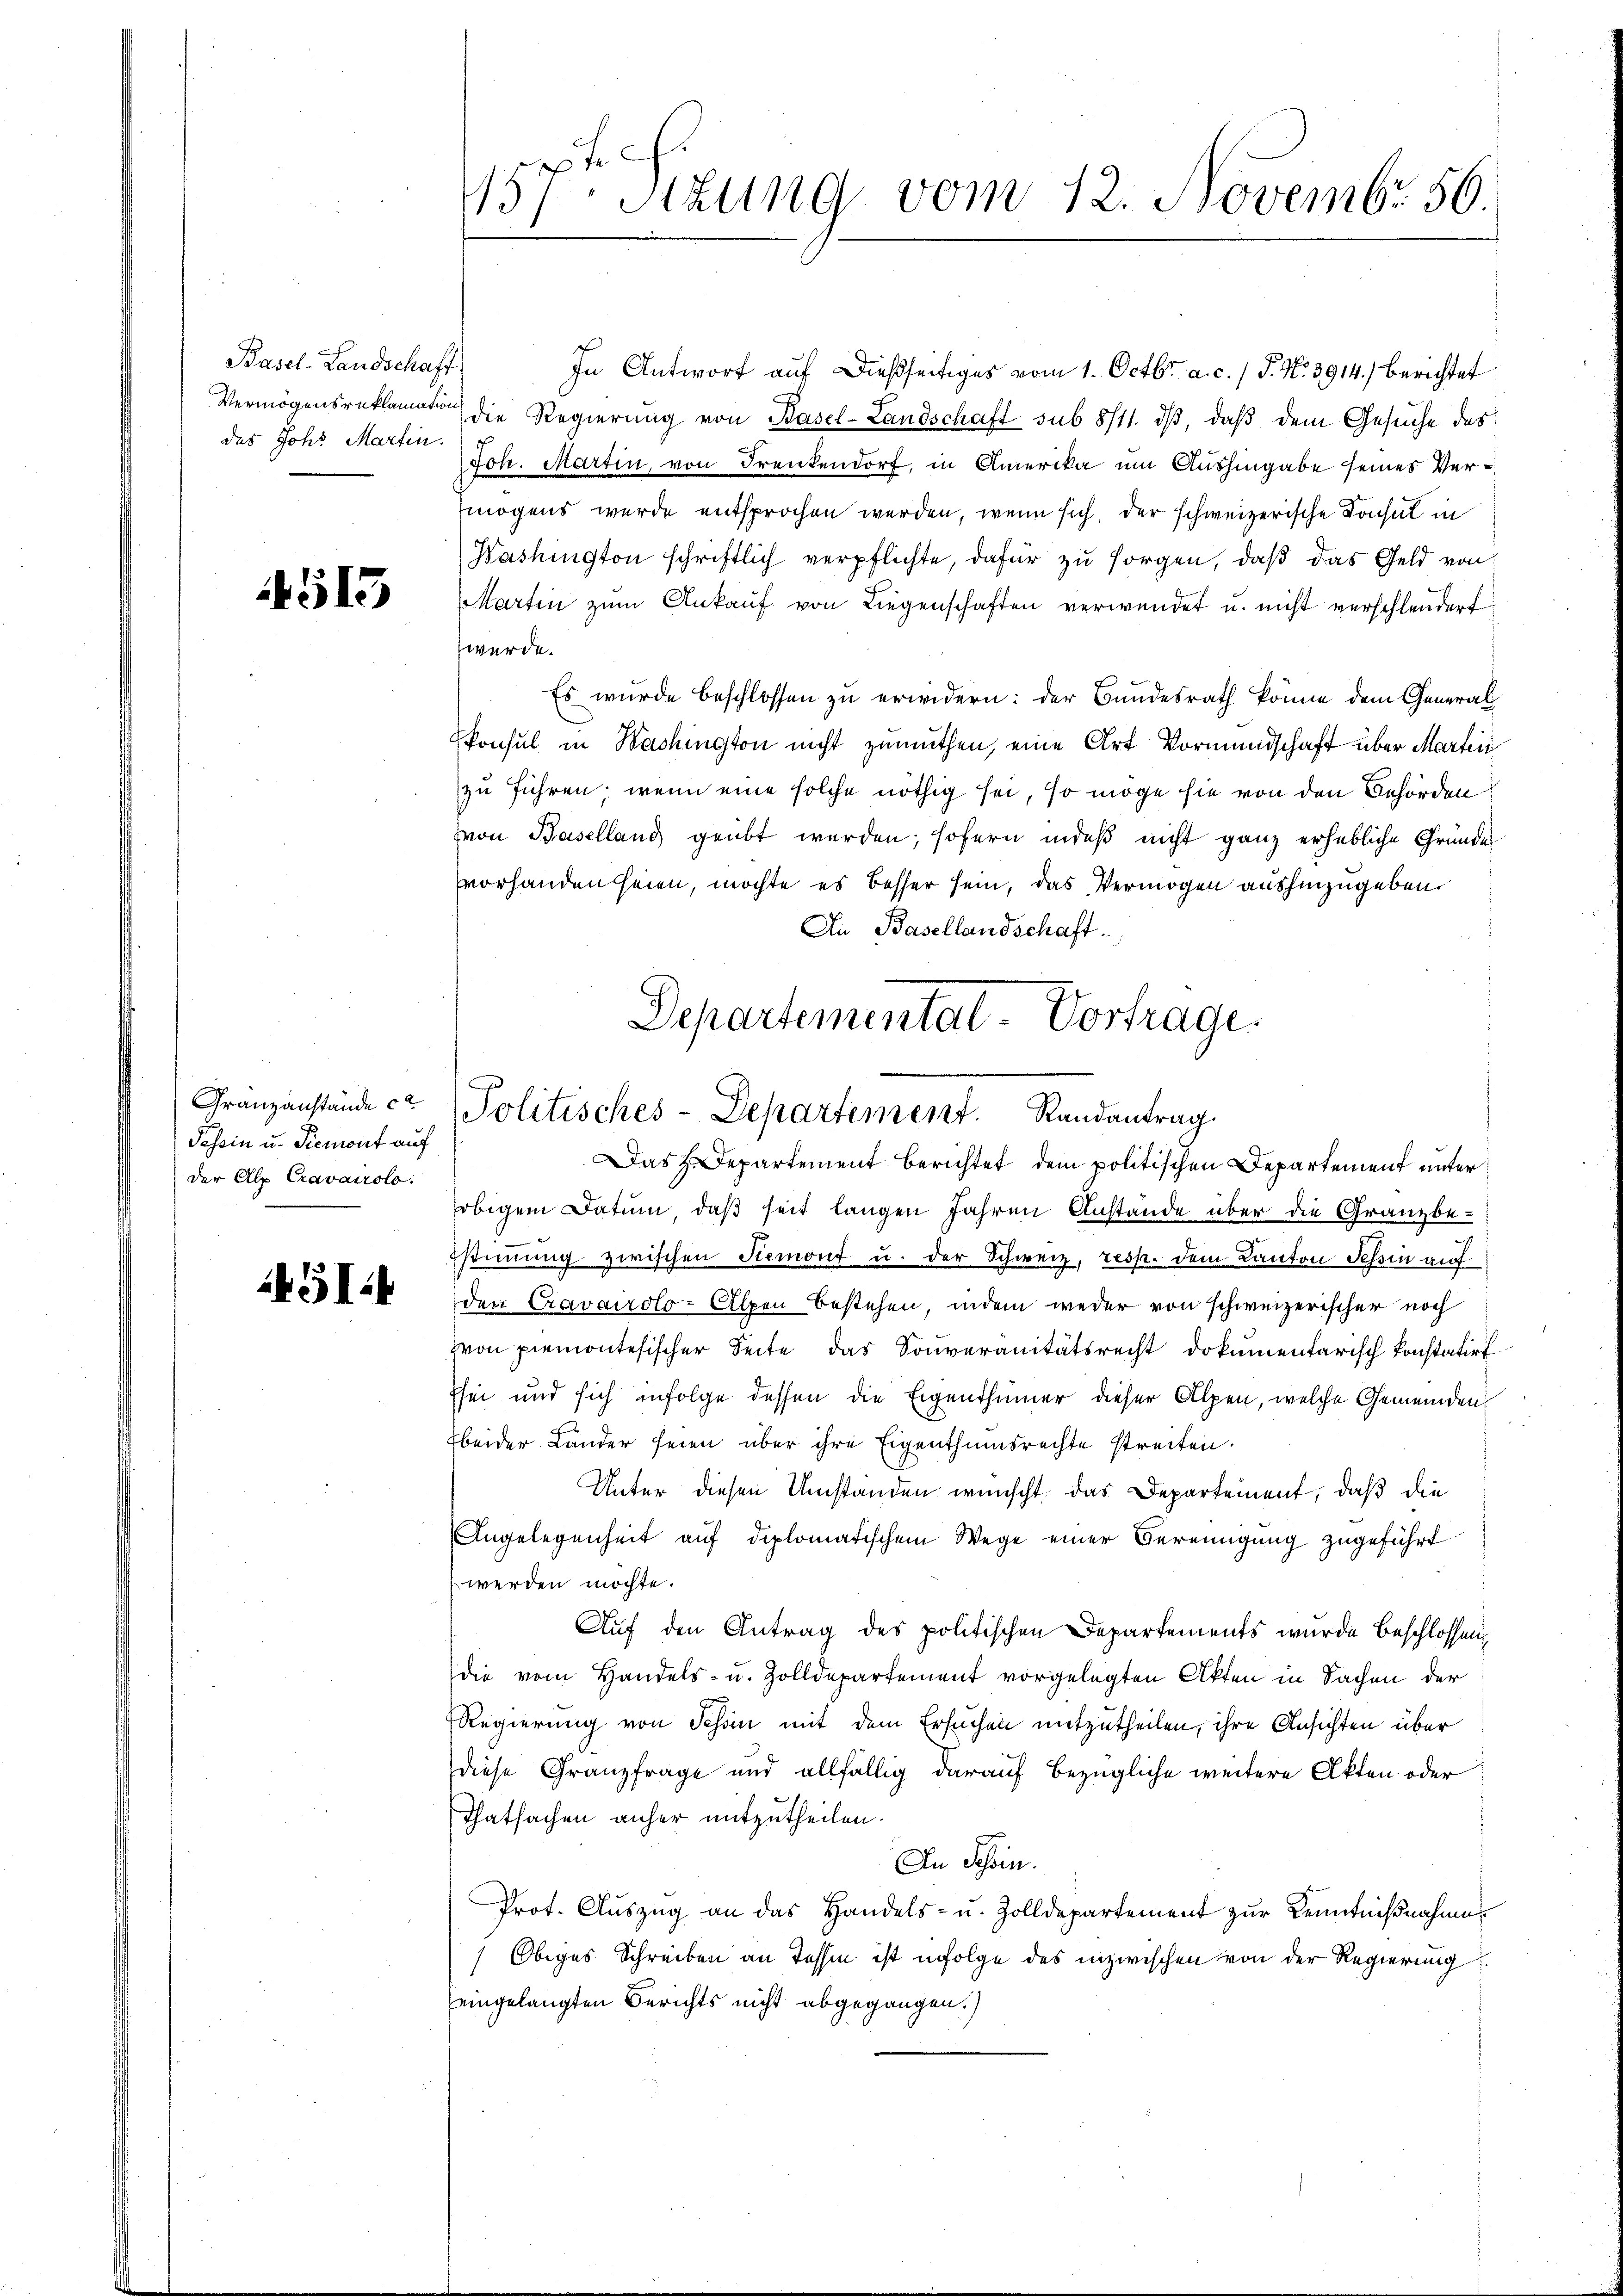
Basel-Landschaft
das Johs. Martin.

4513

Granzanstände ce
Tessin u. Piemont auf
der Alp Cravairolo.

GI.4

157ten Sizung vom 12. Novembr 56.

In Antwort auf dießseitiges vom 1. Octbr. a. c. / P. Nr. 3914. berichtet
Vermögensreklamator die Regierung von Basel-Landschaft sub 8/11. ds, daß dem Gesuche das
Joh. Martin, von Frenkendorf, in Amerika um Aushingabe seines Vermögens wurde entsprochen werden, wenn sich, der schweizerische Konsul in
Washington schriftlich verpflichte, dafür zu sorgen, daß das Geld von
Martin zŭm Ankaŭf von Liegenschaften verwendet u. nicht verschleudert
werde.
Es wurde beschlossen zu erwidern: der Bundesrath könne dem General
konsul in Washington nicht zumuthen, eine Art Vormundschaft über Martini
zu führen, wenn eine solche nöthig sei, so möge sie von den Behörden
von Baselland geübt werden; sofern indeß nicht ganz erhebliche Gründe
vorhanden seien, möchte es besser sein, das Vermögen aushinzugeben
An Basellandschaft.
obigem Datum, daß seit langen Jahren Anstände über die Gränz(...)
stimmung zwischen Stemont u. der Schweiz, resp. dem Kanton Tessin auf
den Cravairolo-Alpen bestehen, indem weder von schweizerischer noch
von Piemontesischer Seite das Souveränitätsrecht dokumentarisch konstatirt
Esei und sich infolge dessen die Eigenthümer dieser Alpen, welche Gemeinden
beider Lander seien über ihre Eigenthumsrechte streiten.
Unter diesen Umstanden wünscht, das Departement, daß die
Angelegenheit auf diplomatischem Wege einer Vereinigung zugeführt
werden möchte.
Auf den Antrag des politischen Departements wurde beschlossen,
die vom Handels- u. Zolldepartement vorgelegten Akten in Sachen der
Regierung von Schin mit dem Ersuchen mitzutheilen, ihre Ansichten über
diese Granzfrage und allfällig darauf bezügliche weitere Akten oder
Thatsachen anher mitzutheilen.
In Tessin.
Prot. Auszug an das Handels- u. Zolldepartement zur Kenntnißnahme
Obiges Schreiben an Tessin ist infolge des inzwischen von der Regierung
eingelangten Berichts nicht abgegangen.)

Departemental - Vortrage
Politisches-Departement. Randantrag.
Das z. Departement berichtet dem politischen Departement unter¬